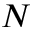
N